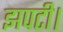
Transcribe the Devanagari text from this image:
झपटी।